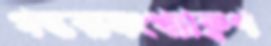
গন্তব্যসংখ্যাক্বণ